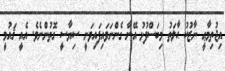
އިޖުތިމާޢީ ނާޒުކު ޙާލަތު މިބަސްފުޅު އޭނާ ގެންނަވައިފައިވަނީ ސިޔާސީ ގޮތުންނެވެ. އެއީ ޤައުމީ